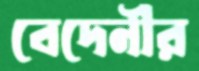
বেদেনীর